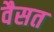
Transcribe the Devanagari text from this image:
वैसत